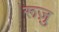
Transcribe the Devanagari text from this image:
रूज़ु